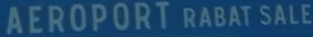
AEROPORT RABAT SALE